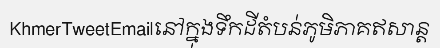
KhmerTweetEmailនៅក្នុងទឹកដីតំបន់ភូមិភាគឥសាន្ត